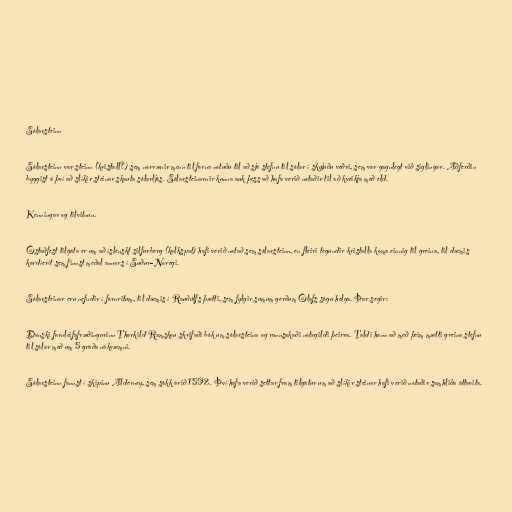
Sólarsteinn

Sólarsteinn var steinn (kristall?) sem norrænir menn til forna notuðu til að sjá stefnu til sólar í skýjuðu veðri, sem var gagnlegt við siglingar. Aðferðin
byggist á því að slíkir steinar skauta sólarljós. Sólarsteinarnir kunna auk þess að hafa verið notaðir til að kveikja með eld.

Kenningar og tilvitnun.

Óstaðfest tilgáta er um að íslenskt silfurberg (kalkspat) hafi verið notað sem sólarsteinn, en fleiri tegundir kristalla koma einnig til greina, til dæmis
kordíerít sem finnst meðal annars í Suður-Noregi.

Sólarsteinar eru nefndir í fornritum, til dæmis í Rauðúlfs þætti, sem fylgir sumum gerðum Ólafs sögu helga. Þar segir:

Danski fornleifafræðingurinn Thorkild Ramskou skrifaði bók um sólarsteina og rannsakaði notagildi þeirra. Taldi hann að með þeim mætti greina stefnu
til sólar með um 5 gráða nákvæmni.

Sólarsteinn fannst í skipinu Alderney, sem sökk árið 1592. Því hafa verið settar fram tilgátur um að slíkir steinar hafi verið notaðir samhliða áttavita.